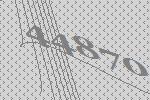
44870